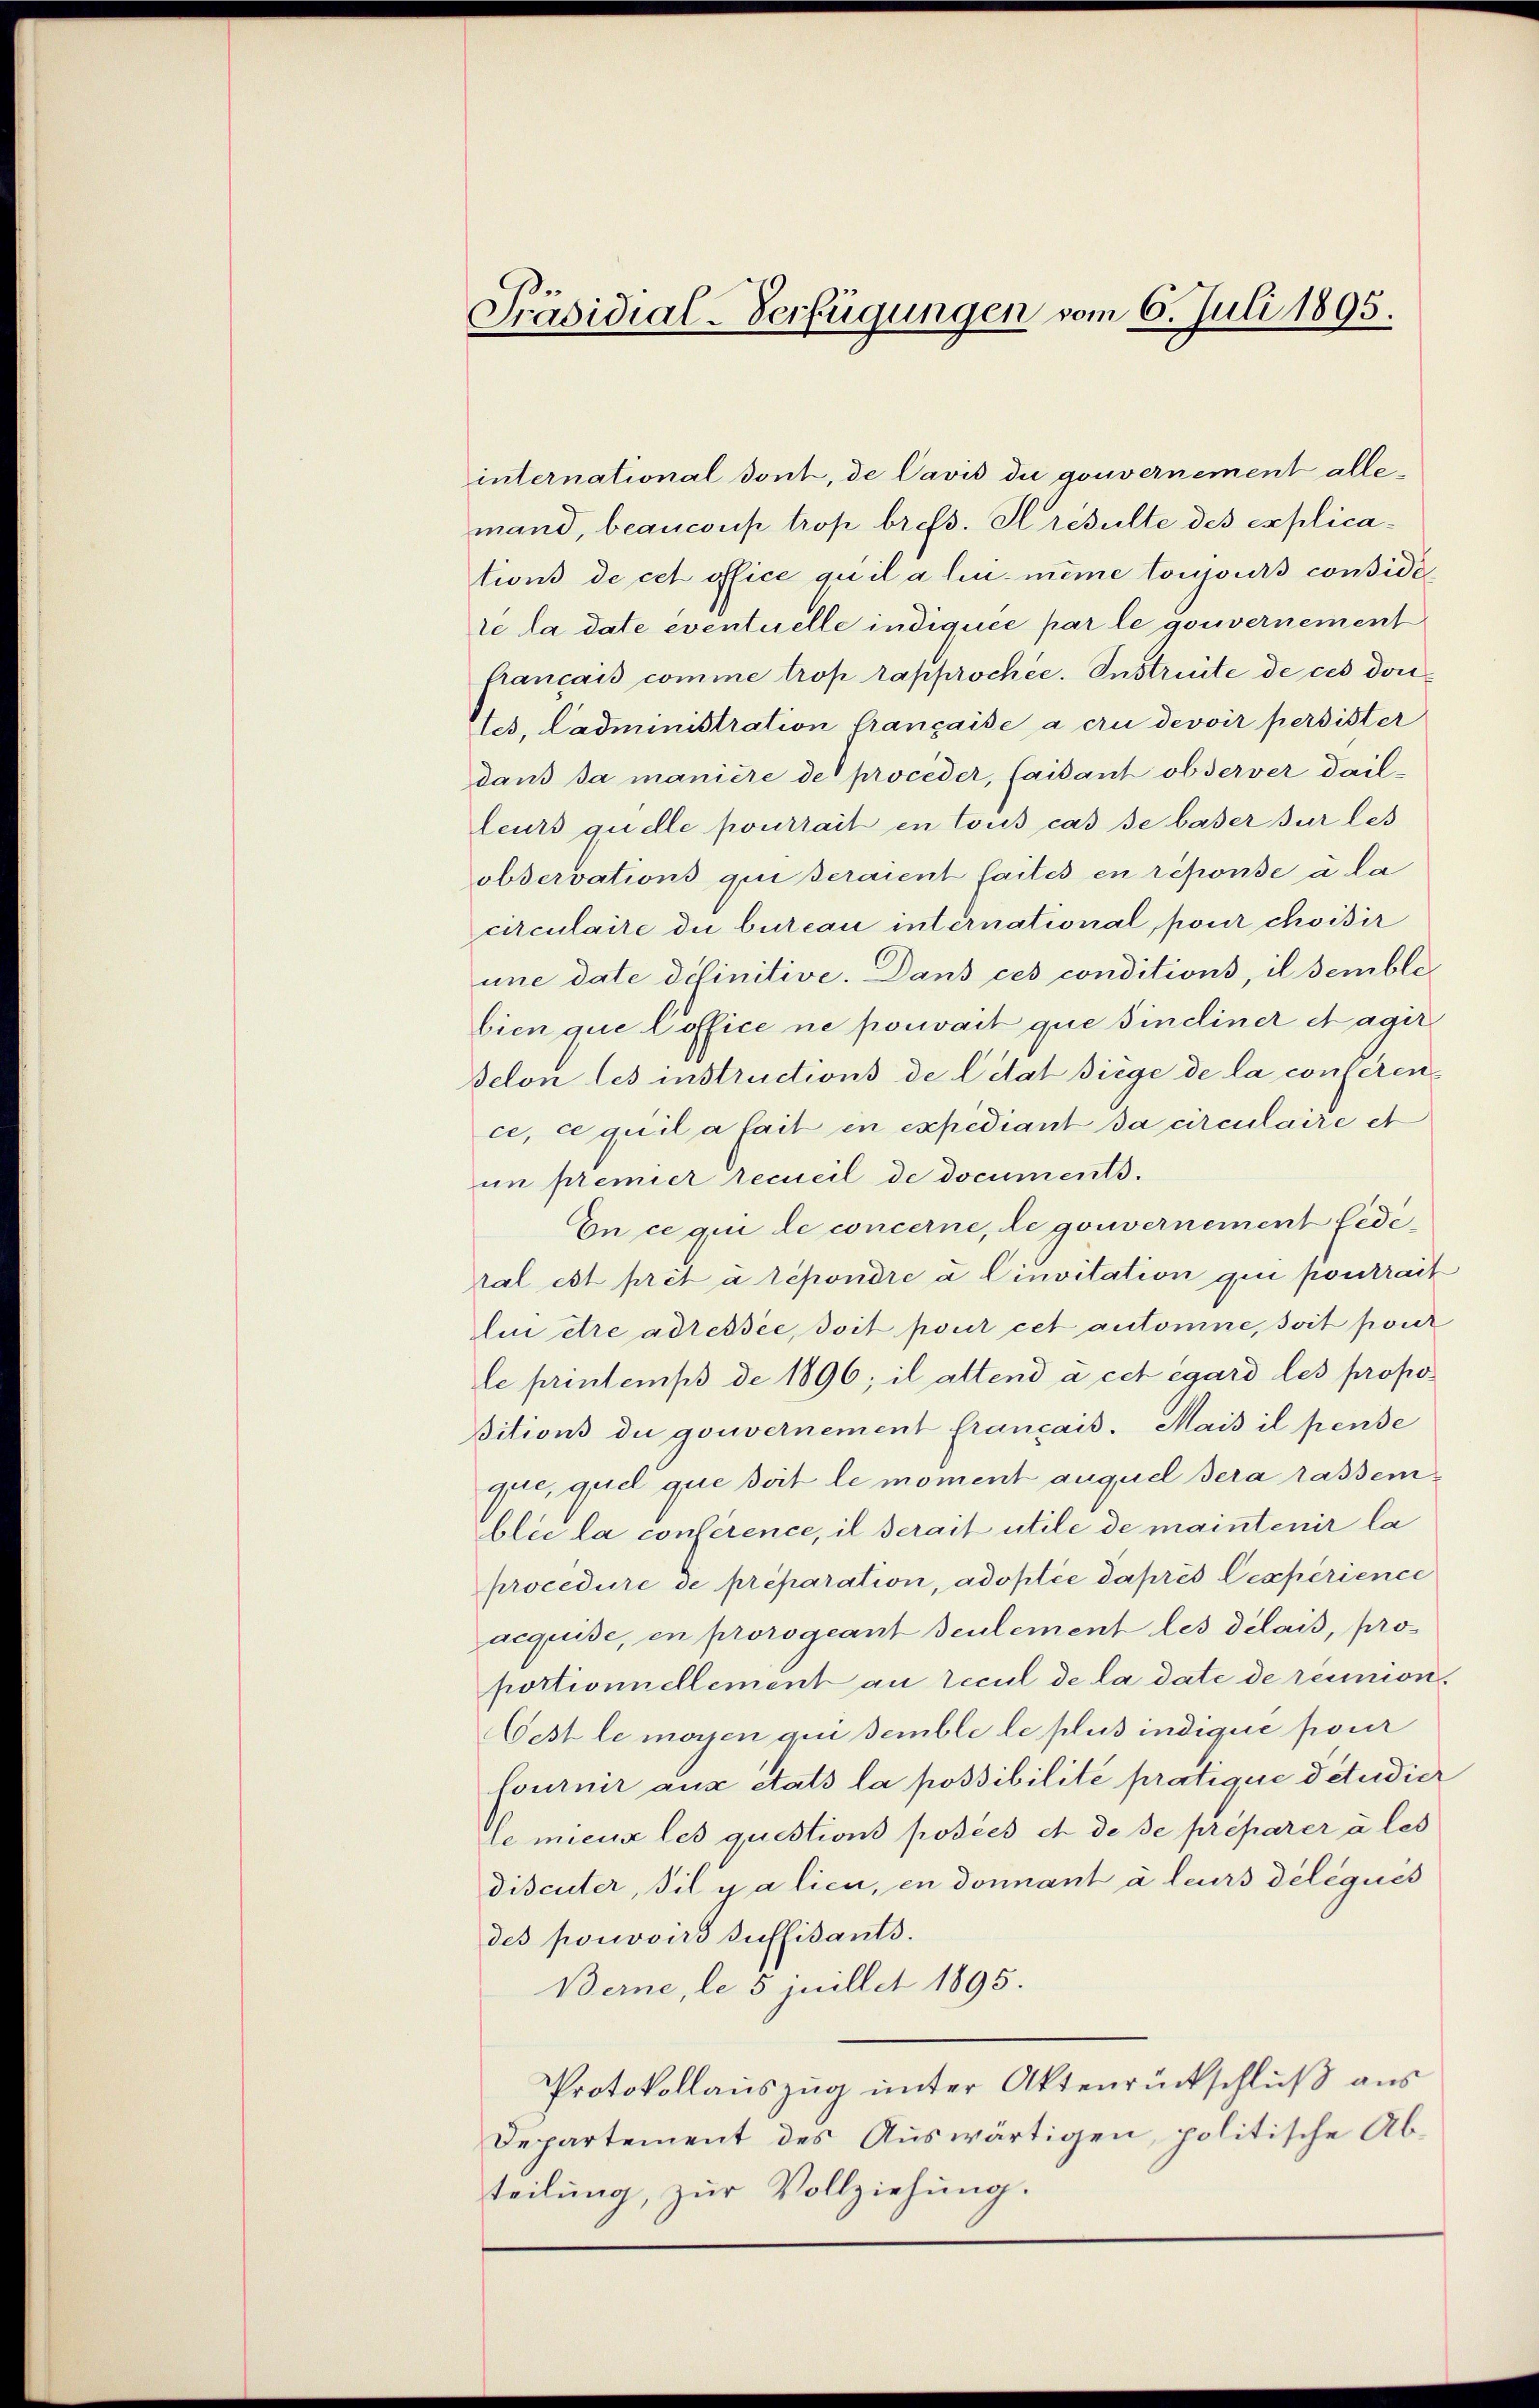
Präsidial-Verfügungen vom 6. Juli 1895.

international dont, de Cavis die gouvernement allemand, beaucoup trop brefs. Hrésulte des explications de cet office qu’il a lui-même toujours considé
le la date eventuelle indiquée par le gouvernement
francais comme trop rapprochée. Instreite de ces doutes, Cadministration française a cru devoir persister
dans sa manière de proceder, Caisant observer dailleurs quelle pourrait en tous cas se baser sur les
observations qui seraient faites en réponse a la
circulaire die bureau international, pour choisir
une date définitive. Dans ces conditions, il semblebien que Poffice ne pouvait que sineiner Magir
selon les instructions de Citat siege de la conferen
ce, ce quil a fait en expediant da circulaire et
im premier recueil de documents.
En ce qui de concerne, de gouvernement Fedetal est prét à répondre à Cinvitation qui pontrait
Au etre adressée, soit pour cet automne, soit pour
le printemps de 1896; il attend à cet égard les propoitions du gouvernement français. Mais il pense
que, quel que seit le moment auquel sera rassenblic la conférence, il serait utile de maintenir la
procedure de préparation, adoptie daprès experience
acquise, en prorogeant seulement les délais, proportionnellement an recul de la date de réunion.
Oest le moyen qui semble le plus indique pour
lournir aus etats la possibilité pratique detudier
re mieux les questions posées et de se préparer à les
discuter, il y a lieu, en donnant à leurs délégués
des pouvoirs suffisants.
Berne, le 5 juillet 1895.
Protokollauszug unter Aktenrückschluß aus
Departement des Auswärtigen, politische Abteilung, zur Vollziehung.